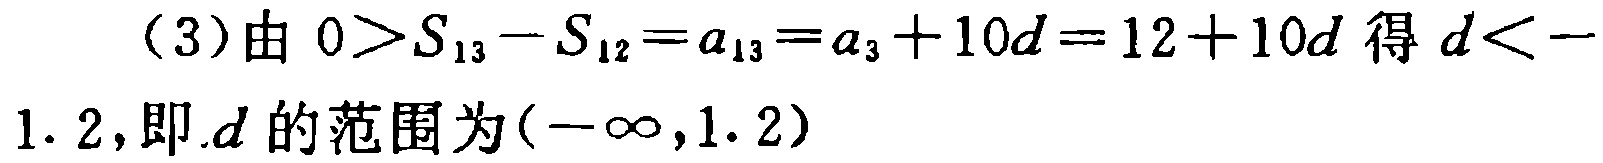
（3）由 \(0>S_{13}-S_{12}=a_{13}=a_{3}+10d = 12 + 10d\) 得 \(d < - 1.2\)，即\(d\)的范围为\((-\infty,1.2)\)